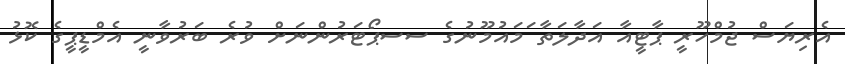
އެރިޔަސް ޖުމްހޫރީ ޕާޓީއާ އަދާލަތާ ަމައުމޫނުގެ ސސޕޯޓަރުންނަށް ވުރެ ބަރުވާނީ އެމްޑީޕީގެ ކޮޅު